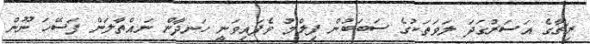
ރިޗާގެ އަސަރުގަދަ ލަވަތަކުގެ ސަބަބުން ފިލްމު ވެފައިވަނީ ހަނދާން ނައްތާލަން ފަސޭހަ ނޫން